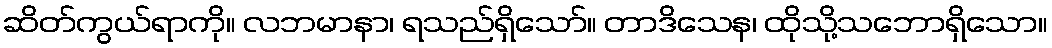
ဆိတ်ကွယ်ရာကို။ လဘမာနာ၊ ရသည်ရှိသော်။ တာဒိသေန၊ ထိုသို့သဘောရှိသော။